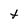
Character: t